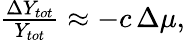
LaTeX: \begin{array}{r}{\frac{\Delta Y_{tot}}{Y_{tot}}\approx-c\, \Delta\mu,}\end{array}